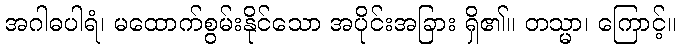
အဂါဓပါရံ၊ မထောက်စွမ်းနိုင်သော အပိုင်းအခြား ရှိ၏။ တသ္မာ၊ ကြောင့်။